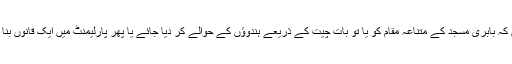
بی جے پی اوردوسری ہندو تنطیمیں یہ کہتی رہی ہیں کہ بابری مسجد کے متناعہ مقام کو یا تو بات چیت کے ذریعے ہندوؤں کے حوالے کر دیا جائے یا پھر پارلیمنٹ میں ایک قانوں بنا کر اسے مندر کی تعمیر کے لیے وقف کر دیا جائے۔